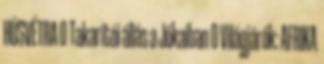
HÚSVÉTRA 0 Takarítói állás a Jókaiban 0 Világjárók: AFRIKA